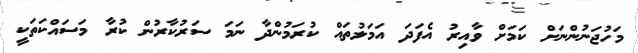
މަހުޖަނުންނަށް ކަމަށް ވާއިރު އެފަދަ އަމަލުތައް ކުރަމުންދާ ނަމަ ސަރުކާރުން ކުރާ މަސައްކަތަކީ